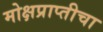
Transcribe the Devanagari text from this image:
मोक्षप्राप्तीचा